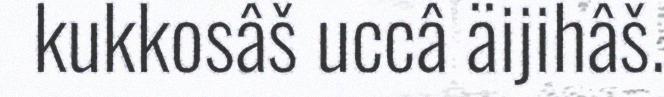
kukkosâš uccâ äijihâš.